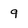
Character: 9